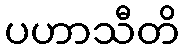
ပဟာသီတိ